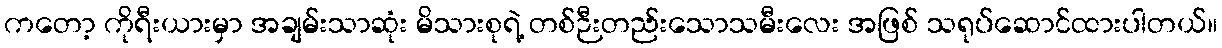
ကတော့ ကိုရီးယားမှာ အချမ်းသာဆုံး မိသားစုရဲ့ တစ်ဉီးတည်းသောသမီးလေး အဖြစ် သရုပ်ဆောင်ထားပါတယ်။